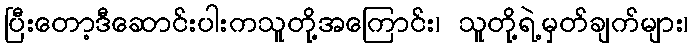
ပြီးတော့ဒီဆောင်းပါးကသူတို့အကြောင်း၊ သူတို့ရဲ့မှတ်ချက်များ၊